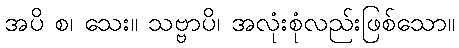
အပိ စ၊ သေး။ သဗ္ဗာပိ၊ အလုံးစုံလည်းဖြစ်သော။